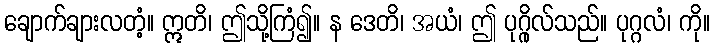
ချောက်ချားလတံ့။ ဣတိ၊ ဤသို့ကြံ၍။ န ဒေတိ၊ အယံ၊ ဤ ပုဂ္ဂိုလ်သည်။ ပုဂ္ဂလံ၊ ကို။